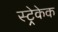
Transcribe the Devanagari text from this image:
स्ट्रेकेक